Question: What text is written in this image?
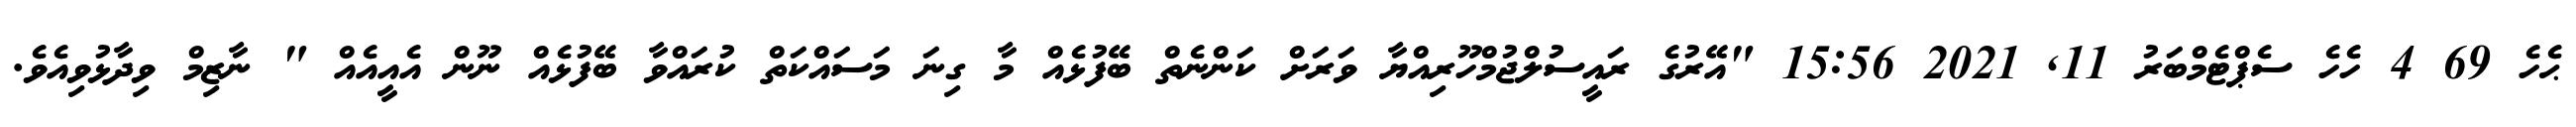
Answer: ޙެހެ 69 4 ހެހެ ސެޕްޓެމްބަރު 11, 2021 15:56 "އޭރުގެ ރައީސުލްޖުމްހޫރިއްޔާ ވަރަށް ކަންނެތް ބޭފުޅެއް މާ ގިނަ މަސައްކަތް ކުރައްވާ ބޭފުޅެއް ނޫން އެއީއެއް " ނާޒިމް ވިދާޅުވިއެވެ.